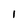
Character: l